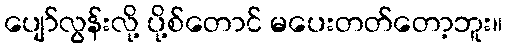
ပျော်လွန်းလို့ ပို့စ်တောင် မပေးတတ်တော့ဘူး။